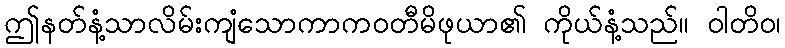
ဤနတ်နံ့သာလိမ်းကျံသောကာကဝတီမိဖုယာ၏ ကိုယ်နံ့သည်။ ဝါတိဝ၊